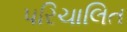
પરિચાલિત